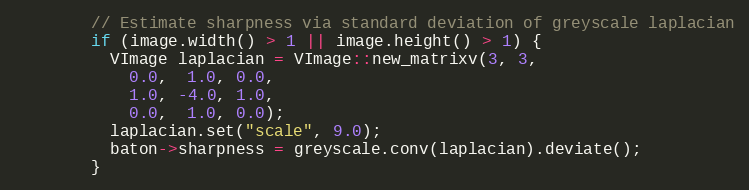
Language: C++
        // Estimate sharpness via standard deviation of greyscale laplacian
        if (image.width() > 1 || image.height() > 1) {
          VImage laplacian = VImage::new_matrixv(3, 3,
            0.0,  1.0, 0.0,
            1.0, -4.0, 1.0,
            0.0,  1.0, 0.0);
          laplacian.set("scale", 9.0);
          baton->sharpness = greyscale.conv(laplacian).deviate();
        }